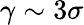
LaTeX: \gamma\sim 3\sigma